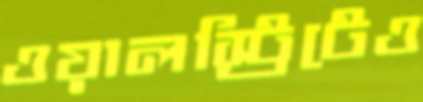
ওয়ালস্ট্রিটেও